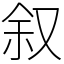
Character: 叙